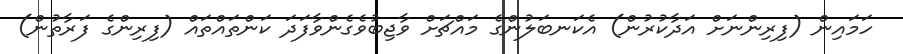
ހަމައިން (ފިރިންނަށް އަދާކުރުން) އެކަނބަލުންގެ މައްޗަށް ވާޖިބުވެގެންވާފަދަ ކަންތައްތައް (ފިރިންގެ ފަރާތުން)